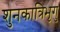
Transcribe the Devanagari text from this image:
शुनकात्रिभृगु